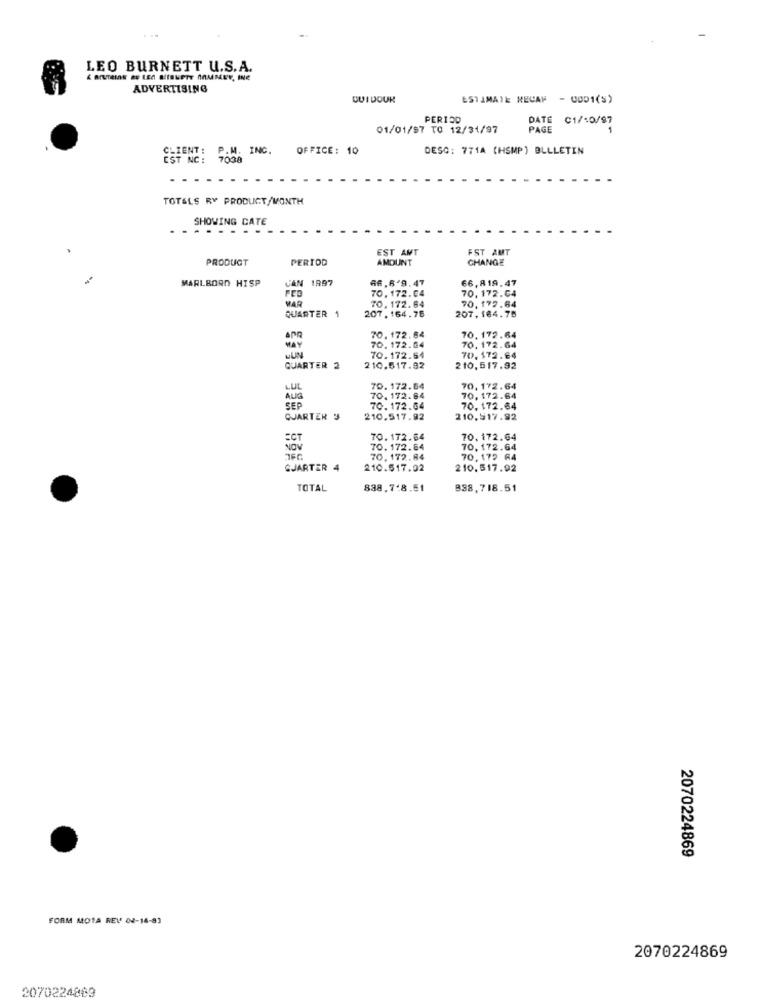
...
LEO BURNETT U.S.A.
ADVERTISING
QUI DOUR
ESTAMATE RECAP - 0001(S)
PERIOD
E C1/10/97
01/01/57 TO 12/31/97
PAGE
P.M. INC. OFFICE: 10
DESC: 771A (HSMP) BLLLETIN
T NC: 7038
TOTALS RY PRODUCT/MONTH
SHOWING CATE
.
EST AMT
FST AMT
PRODUCT
PERTOD
AMOUNT
CHANGE
MARLBORO HISP
CAN 1997
66.6 9.47
66,819.47
70.172.04
70.172.64
WAR
70. 172.64
70.172.64
QUARTER 1
207. 164.76
207,164.78
70. 172.64
APR
70.172.04
70. 172.64
70. 172.64
uUN
70.172.64
70.172.64
QUARTER 2
210.517.92
210,517.92
LUL
70.172.64
70,172.64
AUG
70. 172. 84
70, 172.64
SEP
70.172.64
70.172.64
QUARTER "
210.517.92
210.517.92
70.172.64
70. 172.64
NOV
70. 172.64
70,172.64
70.172.84
70,172 64
CJARTER 4
210.517.02
210.517.92
TOTAL
838.7.8.51
838,718.51
2070224869
FORM MOTA REV 04-14-83
2070224869
2070224863